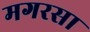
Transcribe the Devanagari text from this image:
मगरसा